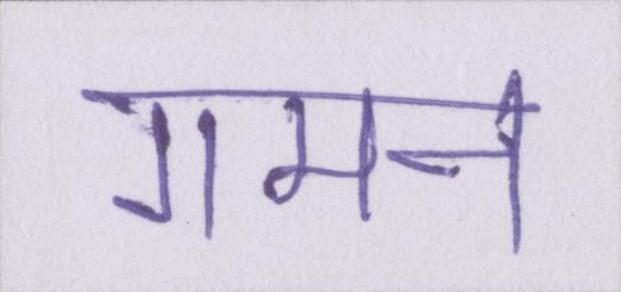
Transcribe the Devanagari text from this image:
गमन